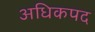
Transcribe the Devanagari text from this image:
अधिकपद